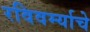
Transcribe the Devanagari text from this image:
रविवर्म्याचे